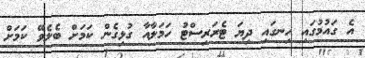
އެ ގައުމުގައި ހިނގައި ދިޔަ ޓެރަރިސްޓު ހަމަލާއާ ގުޅިގެން ކަމަށް ބެލެވޭ ކަމަށް